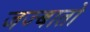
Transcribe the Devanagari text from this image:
जज्बातो